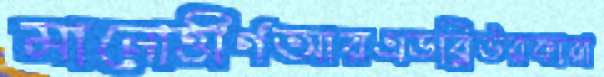
মানোত্তীর্ণআরএডব্লিউরকারা